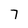
Character: 7